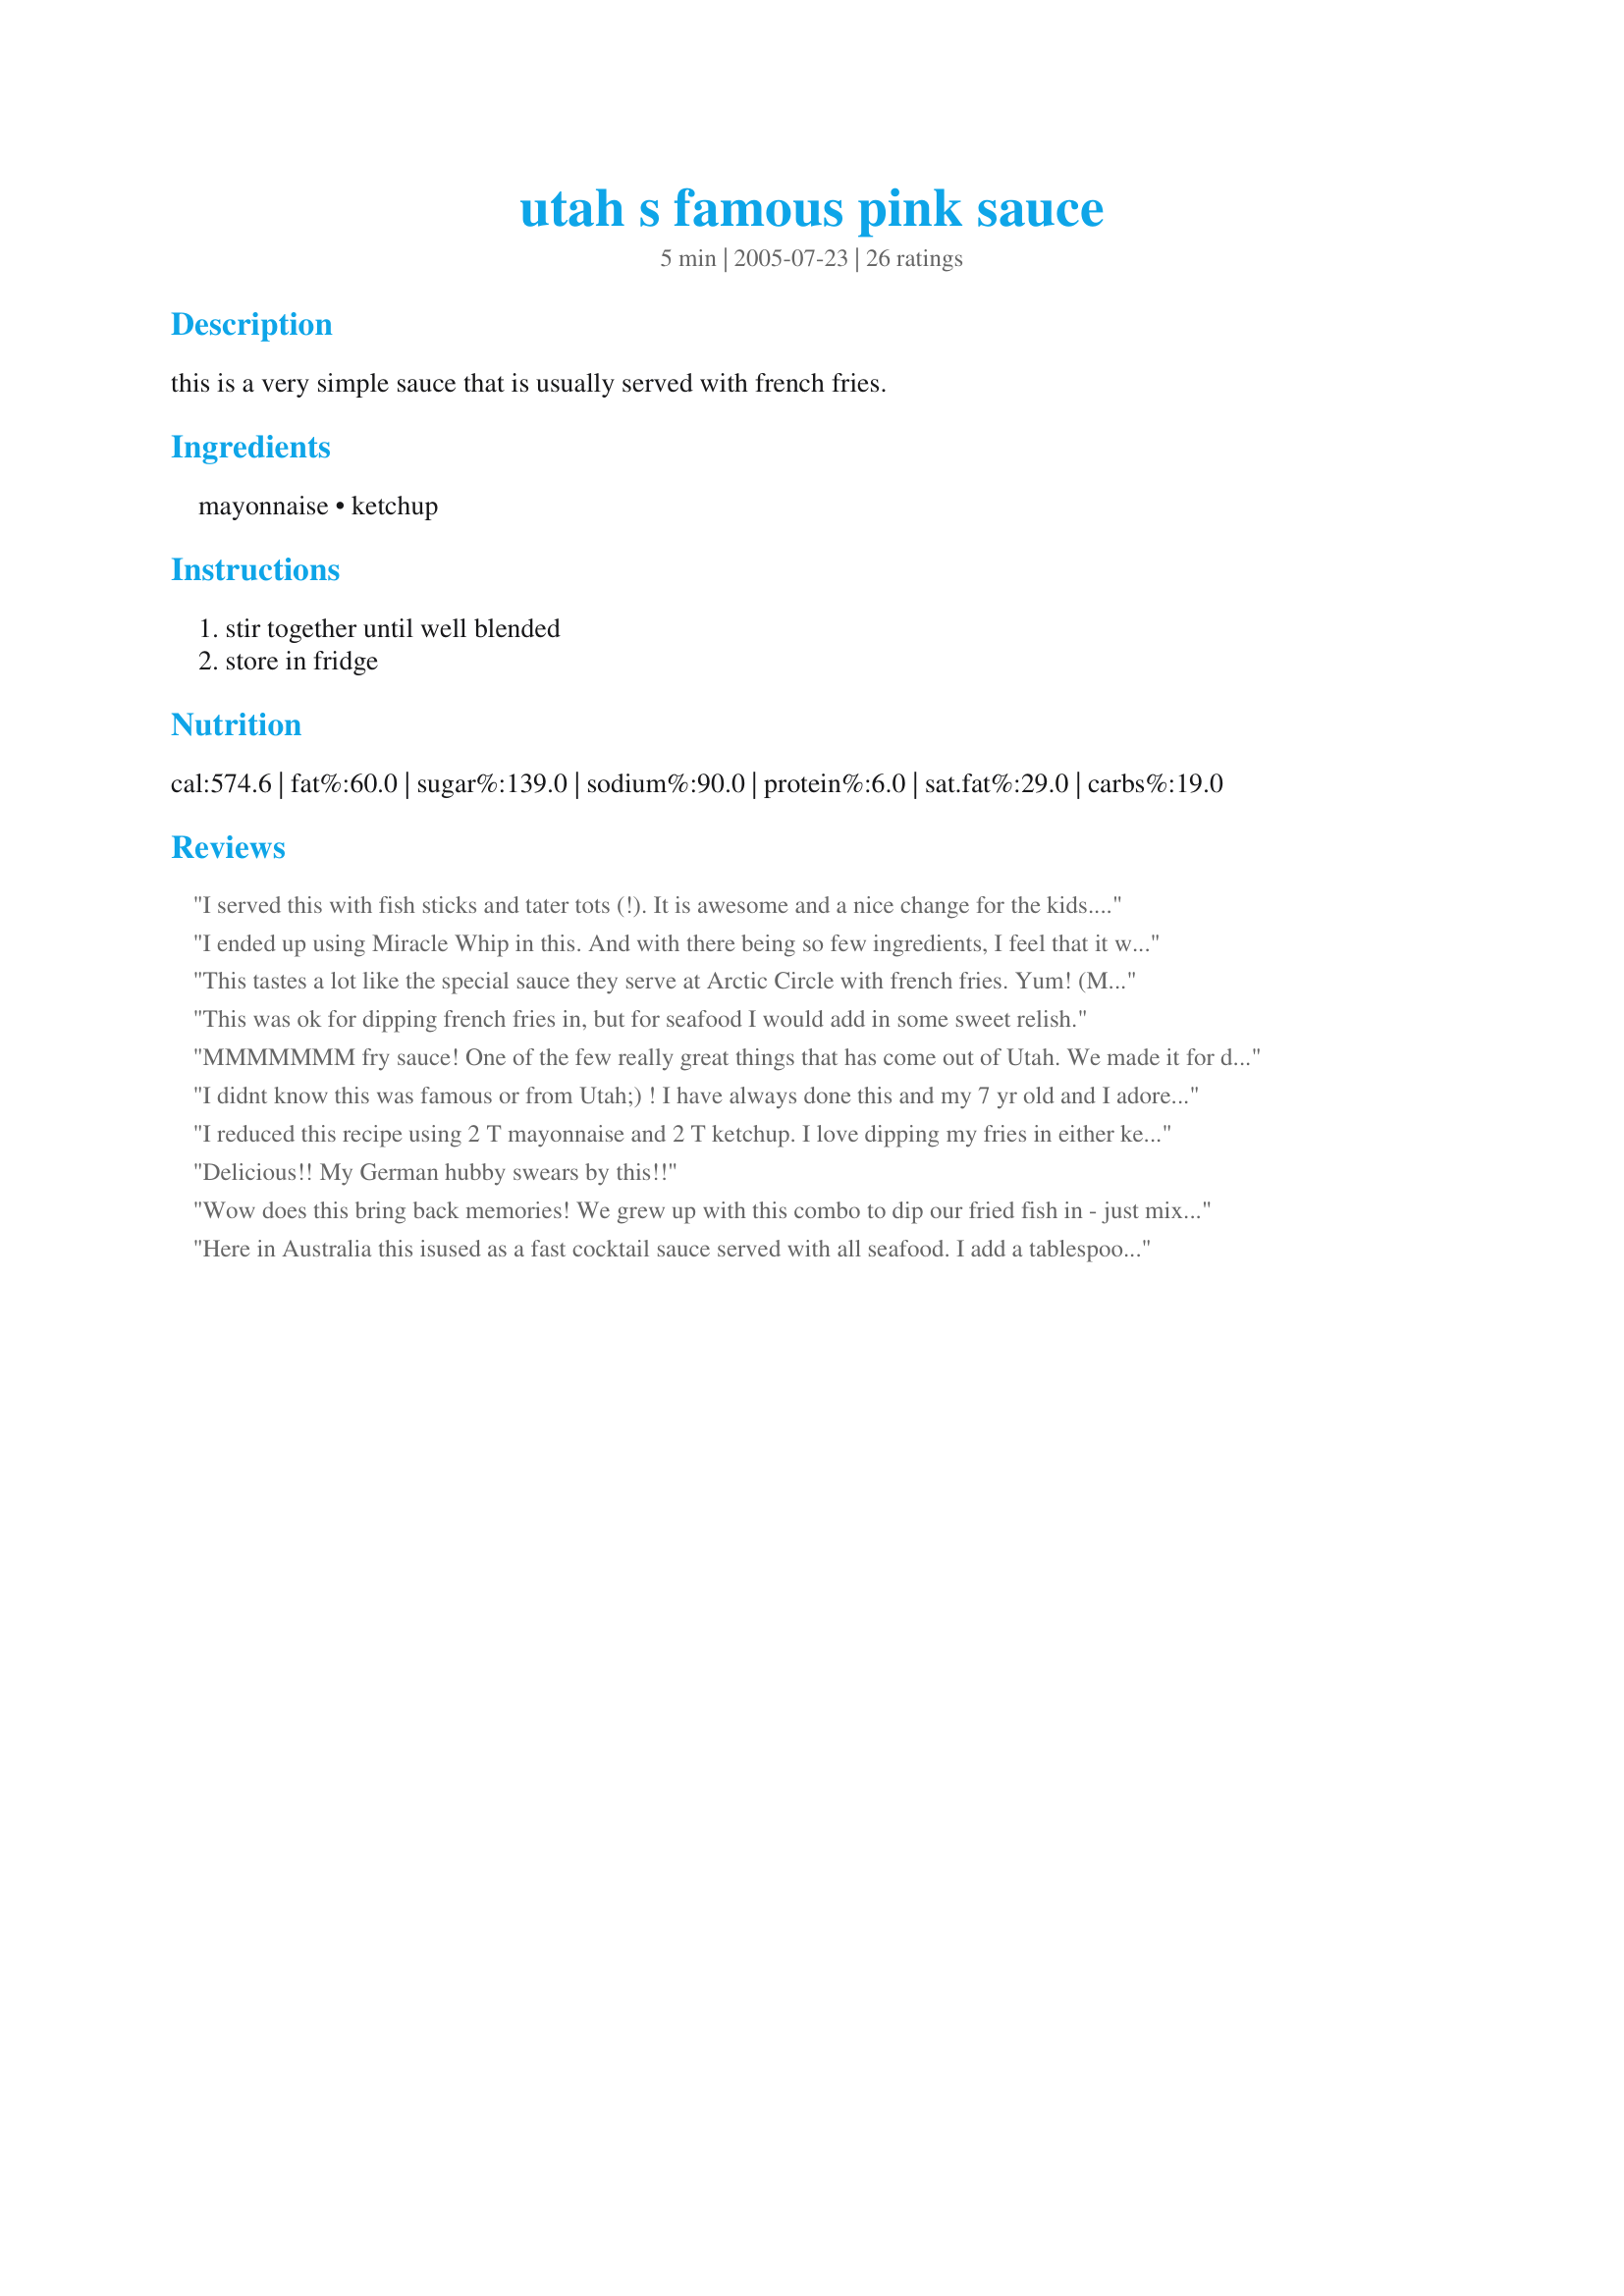
utah s famous pink sauce
Preparation time: 5 minutes

this is a very simple sauce that is usually served with french fries.

Ingredients:
mayonnaise, ketchup

Steps:
stir together until well blended, store in fridge

Reviews:
I served this with fish sticks and tater tots (!). It is awesome and a nice change for the kids. I never thought to do this. What I do is
I add a tbsp of horseradish to this combo for boiled shrimp. That's pretty good too for a change. But I never thought about for fried food/fries... :-)
I ended up using Miracle Whip in this. And with there being so few ingredients, I feel that it was too major of a substitution to properly qualify giving a star rating. With Miracle Whip, we felt that it tasted very "ketchup-y". I know that it would be completely different with proper mayo. Other than that, we actually enjoyed it on carrot sticks. We could tell that we were "missing" something by using Miracle Whip. I will try this again next time I buy mayo.
This tastes a lot like the special sauce they serve at Arctic Circle with french fries. Yum! (Made for Pink Tag for Breast Cancer Awareness Month)
This was ok for dipping french fries in, but for seafood I would add in some sweet relish.
MMMMMMM fry sauce! One of the few really great things that has come out of Utah. We made it for dipping fish as well:D This stuff is addicting!
I didnt know this was famous or from Utah;) ! I have always done this and my 7 yr old and I adore it. Super simple and easy. Thanks for a repeat recipe.
I reduced this recipe using 2 T mayonnaise and 2 T ketchup. I love dipping my fries in either ketchup or mayonnaise, so I wasn't surprised that I liked this. Thanks Kzim4 for posting! Made for Think Pink 2008.
Delicious!! My German hubby swears by this!!
Wow does this bring back memories! We grew up with this combo to dip our fried fish in - just mixed it right on our plates. I never thought of it for any other application, nor did I think anyone else knew the combo! Thanks for the stroll down memory lane!
Here in Australia this isused as a fast cocktail sauce served with all seafood. I add a tablespoon of worshertshire sauce too. Can be made ahead and stored in th efridge for up to a week.
Love this on fries. I usually use a bit more mayo than ketchup though.
I had never had mayo on fries until I visited The Netherlands, where you always get mayo and rarely get ketchup with fries. I decided to combine the two when I got home and love the combo. Lo and behold, here it is posted on Zaar! Thanks for spreading the idea!
lol.... I live in Utah and we call that FRY SAUCE I was unawear it was famous but it is FABULOUS!!!
Maybe my dad is secretly from Utah because he taught us how to make this when we were kids and we loved it. This time, I used fat free mayo and used it to dip my fries. Mayo is often used with fries in Europe so it isn't that big of a jump to mix in some ketchup. It is a bit like what they call 'burger sauce' in the UK. Made for Pink Tag for Breast Cancer Awareness.
I gave this 3 stars. My future hubby said his mom used to make this when he was a kid and he liked. He said he even uses it for salad dressing. I've made this with low fat mayo and I didn't like it. I did make it with regular mayo and my 4 yrs old newphew and I liked it. I thought it tasted really good on Tops brand garlic fries. Thanks for posting. Christine (internetnut)
I like this basic combo and wasn't surprised either that it would taste great. Been using this for fries, burgers and hot dogs, then the rest would be add ons. Love it! Made for Pink Tag.
The first time I saw my BF dip his fries into this concoction, my jaw dropped. I knew this man loved his ketchup and mayonnaise, but to the extent of it being an extra food group??? I thought he was crazy, until he made me try it. Well, he has converted this girl... I love dipping waffle fries into this... just wafle fries however. But he loves it on almost anything fried... Thanks for sharing!!!
At age sixteen in Provo, Utah, I worked at a place called Rocky Mountain Drive-In. One of my jobs there was to mix this stuff up by the five-gallon bucketful, then portion it out into individual serving cups. The pink sauce recipe included ketchup & mayonnaise, but it also had buttermilk stirred in. Customers were always commenting on how much they loved it!
Super easy and to the point, this hit the spot on our cheeseburgers tonight! Made for Think Pink 2011. Thanks Kzim4! :)
yum, been mixing this up since I was a kid. Extra yummy on fishticks!
Unlike the other reviewers...I have lived a sheltered life...I have never experenced this before.It was very good with our french fries tonight at dinner.I'm going to start keeping this on hand for easy access.Thanks for sharing!
I served this up with Shoestring Onion Rings and Batter by Marsha D. and it was wonderful! So easy! Thanks!
I must admit that this is how I make Russian dressing and I only thought of using it as a spread on some sandwiches and as a salad dressing. I'm glad I saw this since I never thought of using it on fries or as a fish sauce!
Simple and good. I served this with fries and both my grandson and I enjoyed it. Made for Think Pink Tag.
This sauce has been my personal vice for eons! Over the years I have enjoyed this sauce with fries, onion rings, fried fish, hush puppies, hot dogs, sausages, chicken nuggets and lots of other foods that probably had no business being dipped! I agree with A la Carte that horseradish is a great addition and wanted to add that sweet pickle relish is too.
This brought back my childhood memories of making this sauce to go with my fries. It&#039;s just as I remembered it. : )
